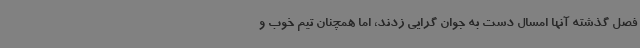
فصل گذشته آنها امسال دست به جوان گرایی زدند، اما همچنان تیم خوب و